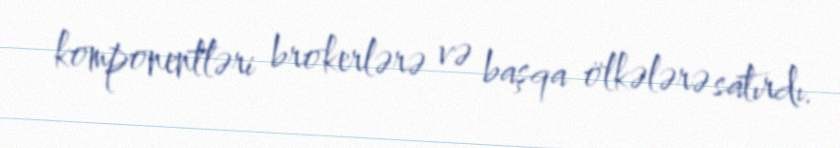
komponentləri brokerlərə və başqa ölkələrə satırdı.